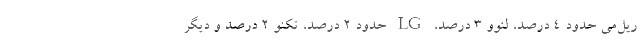
ریل‌می حدود 4 درصد، لنوو 3 درصد، LG حدود 2 درصد، تکنو 2 درصد و دیگر